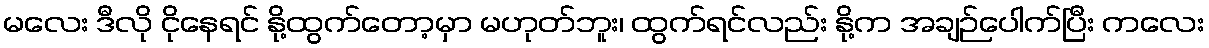
မလေး ဒီလို ငိုနေရင် နို့ထွက်တော့မှာ မဟုတ်ဘူး၊ ထွက်ရင်လည်း နို့က အချဉ်ပေါက်ပြီး ကလေး